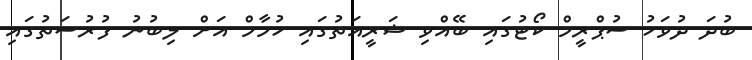
ބުދަ ދުވަހު ސުޕްރީމް ކޯޓުގައި ބޭއްވި ޝަރީއަތުގައި ހުމާމް އަށް ލިބުނު ފުރުސަތުގައި